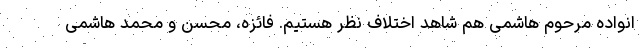
انواده مرحوم هاشمی هم شاهد اختلاف نظر هستیم. فائزه، محسن و محمد هاشمی